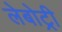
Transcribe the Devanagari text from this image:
लेबोट्री